Senior Leaving Certificate Examination (including Day School Certificate (Higher) General paper), 1948
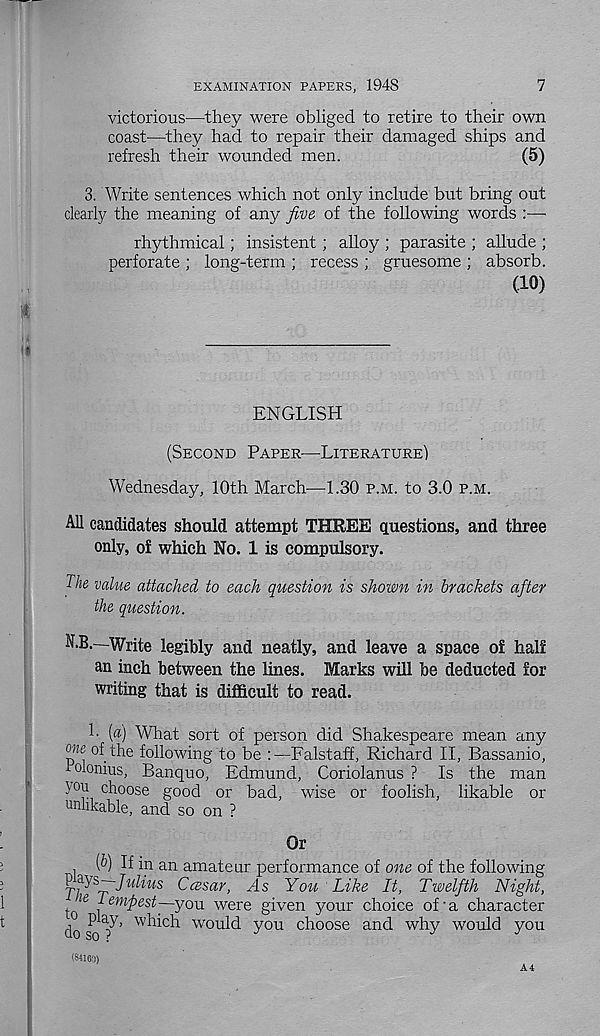
EXAMINATION PAPERS, 1948
7
victorious—they were obliged to retire to their own
coast'—they had to repair their damaged ships and
refresh their wounded men.
(5)
3. Write sentences which not only include but bring out
dearly the meaning of any five of the following words :—
rhythmical; insistent; alloy ; parasite ; allude ;
perforate ; long-term ; recess ; gruesome ; absorb.
(10)
ENGLISH
(SECOND PAPER—LITERATURE)
Wednesday, 10th March.—1.30 P.M. to 3.0 P.M.
All candidates should attempt THREE questions, and three
only, of which No. 1 is compulsory.
The value attached to each question is shown in brackets after
the question.
N.B.—Write legibly and neatly, and leave a space of half
an inch between the lines. Marks will be deducted for
writing that is difficult to read.
1. [a) What sort of person did Shakespeare mean any
o«e of the following to be :—Falstaff, Richard II, Bassanio,
bolonius, Banquo, Edmund, Coriolanus ? Is the man
ion choose good or bad, wise or foolish, likable or
unlikable, and so on ?
Or
(6) If in an amateur performance of one of the following
ms-Julius Ccesar, As You Like It, Twelfth Night,
iQ
le 1 em fiest—you were given your choice of’a character
do so ? ’
would you choose and why would you
(84160)
A4